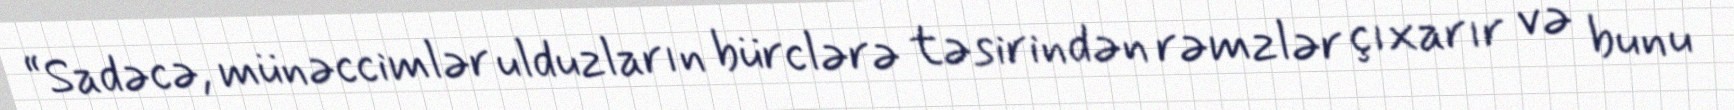
“Sadəcə, münəccimlər ulduzların bürclərə təsirindən rəmzlər çıxarır və bunu